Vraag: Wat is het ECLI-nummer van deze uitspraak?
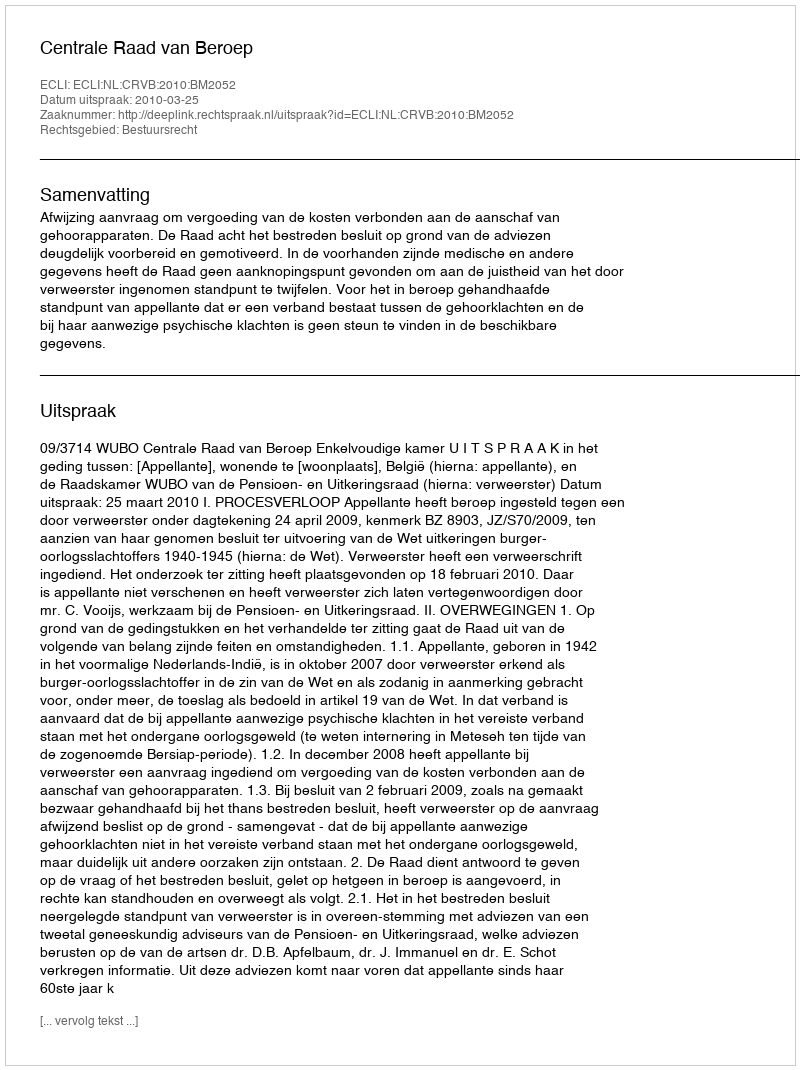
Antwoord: ECLI:NL:CRVB:2010:BM2052